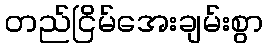
တည်ငြိမ်အေးချမ်းစွာ